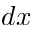
d x